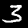
Digit: 3